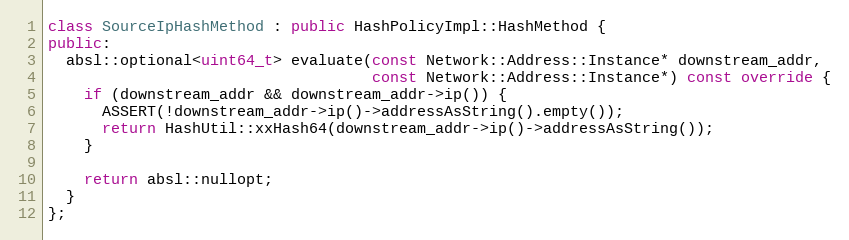
Language: C++
class SourceIpHashMethod : public HashPolicyImpl::HashMethod {
public:
  absl::optional<uint64_t> evaluate(const Network::Address::Instance* downstream_addr,
                                    const Network::Address::Instance*) const override {
    if (downstream_addr && downstream_addr->ip()) {
      ASSERT(!downstream_addr->ip()->addressAsString().empty());
      return HashUtil::xxHash64(downstream_addr->ip()->addressAsString());
    }

    return absl::nullopt;
  }
};